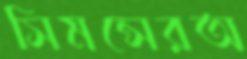
সিমন্সেরঅ